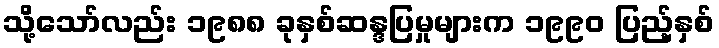
သို့သော်လည်း ၁၉၈၈ ခုနှစ်ဆန္ဒပြမှုများက ၁၉၉၀ ပြည့်နှစ်